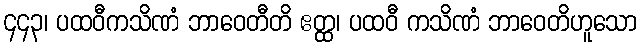
၄၄၃၊ ပထဝီကသိဏံ ဘာဝေတီတိ ဧတ္ထ၊ ပထဝီ ကသိဏံ ဘာဝေတိဟူသော